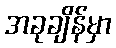
အခုချိန်မှာ